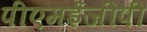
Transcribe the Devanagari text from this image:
पीएमईजीपी